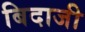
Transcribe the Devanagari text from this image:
बिदाजी